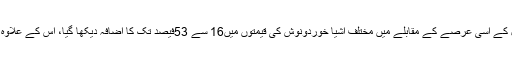
وفاقی ادارہ شماریات کے مطابق ستمبر2010میں گزشتہ سال کے اسی عرصے کے مقابلے میں مختلف اشیا خوردونوش کی قیمتوں میں16 سے 53فیصد تک کا اضافہ دیکھا گیا، اس کے علاوہ ایندھن اور بجلی کے نرخوں میں20 فیصد کا اضافہ دیکھا گیا۔